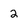
Character: 2